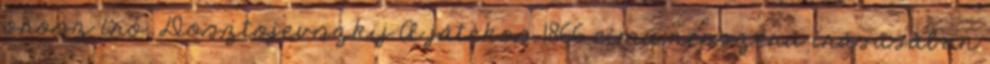
orosz író, Dosztojevszkij A játékos 1866 című népszerű írásásában